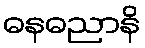
ဓနဓညာနိ